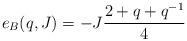
LaTeX: \begin{align*}e_B(q,J) = -J \frac{2 + q +q^{-1}}{4}\end{align*}